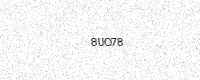
Text: 8UO78